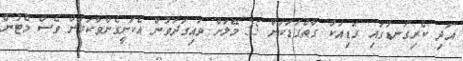
އަދި ކެރިގަނޑުގައި ގަޑިއަކު ގާތްގަޑަކަށް 35 މޭލަށް ވައިގަދަވުން އެކަށީގެންވާކަމަށް ވެސް މެޓުން